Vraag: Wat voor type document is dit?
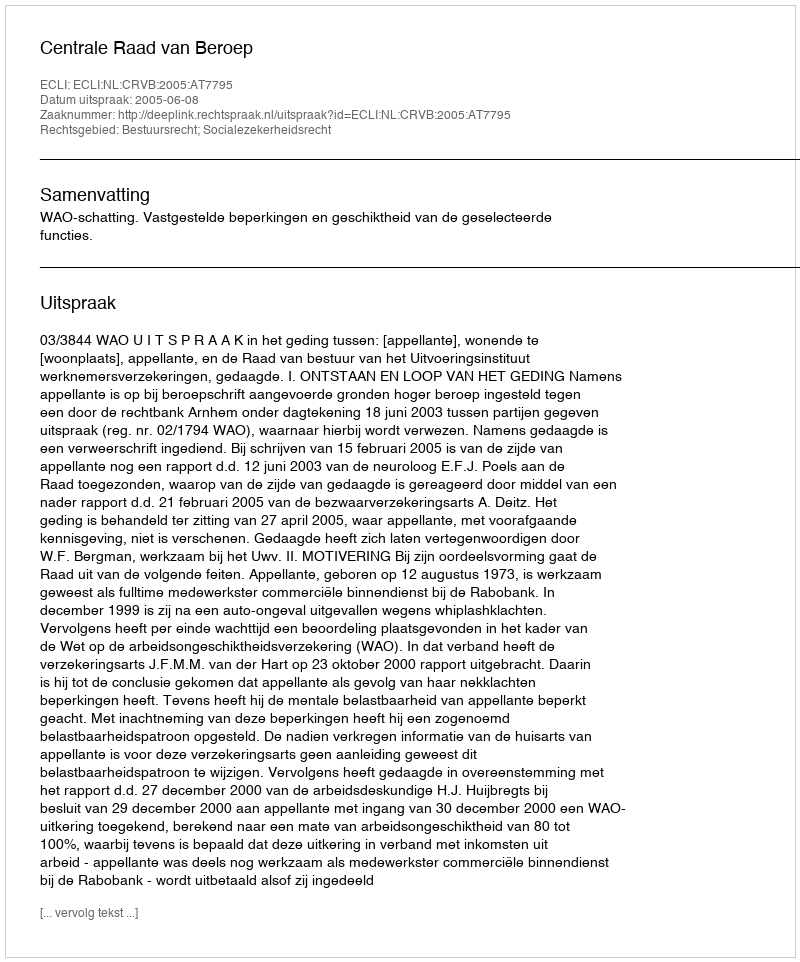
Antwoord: Uitspraak